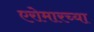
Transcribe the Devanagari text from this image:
एरोमारच्या